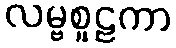
လမ္ဗစူဠကာ